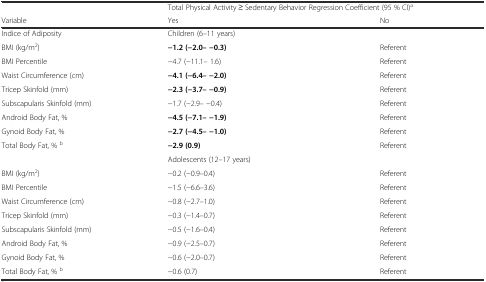
<table><thead><tr><td></td><td colspan="2"><b>Total Physical Activity ≥ Sedentary Behavior Regression Coefficient (95 % CI)<sup>a</sup></b></td></tr><tr><td><b>Variable</b></td><td><b>Yes</b></td><td><b>No</b></td></tr></thead><tbody><tr><td>Indice of Adiposity</td><td colspan="2">Children (6–11 years)</td></tr><tr><td>BMI (kg/m<sup>2</sup>)</td><td><b>−1.2 (−2.0– −0.3)</b></td><td>Referent</td></tr><tr><td>BMI Percentile</td><td>−4.7 (−11.1– 1.6)</td><td>Referent</td></tr><tr><td>Waist Circumference (cm)</td><td><b>−4.1 (−6.4– −2.0)</b></td><td>Referent</td></tr><tr><td>Tricep Skinfold (mm)</td><td><b>−2.3 (−3.7– −0.9)</b></td><td>Referent</td></tr><tr><td>Subscapularis Skinfold (mm)</td><td>−1.7 (−2.9– −0.4)</td><td>Referent</td></tr><tr><td>Android Body Fat, %</td><td><b>−4.5 (−7.1– −1.9)</b></td><td>Referent</td></tr><tr><td>Gynoid Body Fat, %</td><td><b>−2.7 (−4.5– −1.0)</b></td><td>Referent</td></tr><tr><td>Total Body Fat, % <sup>b</sup></td><td><b>−2.9 (0.9)</b></td><td>Referent</td></tr><tr><td></td><td colspan="2">Adolescents (12–17 years)</td></tr><tr><td>BMI (kg/m<sup>2</sup>)</td><td>−0.2 (−0.9–0.4)</td><td>Referent</td></tr><tr><td>BMI Percentile</td><td>−1.5 (−6.6–3.6)</td><td>Referent</td></tr><tr><td>Waist Circumference (cm)</td><td>−0.8 (−2.7–1.0)</td><td>Referent</td></tr><tr><td>Tricep Skinfold (mm)</td><td>−0.3 (−1.4–0.7)</td><td>Referent</td></tr><tr><td>Subscapularis Skinfold (mm)</td><td>−0.5 (−1.6–0.4)</td><td>Referent</td></tr><tr><td>Android Body Fat, %</td><td>−0.9 (−2.5–0.7)</td><td>Referent</td></tr><tr><td>Gynoid Body Fat, %</td><td>−0.6 (−2.0–0.7)</td><td>Referent</td></tr><tr><td>Total Body Fat, % <sup>b</sup></td><td>−0.6 (0.7)</td><td>Referent</td></tr></tbody></table>